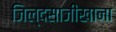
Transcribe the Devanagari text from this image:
जिल्दसाजीखाना